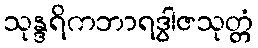
သုန္ဒရိကဘာရဒွါဇသုတ္တံ